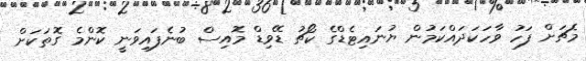
މެޗަށް ފަހު ވާހަކަދައްކަމުން ޔުނައިޓެޑްގެ ކޯޗު ޑޭވިޑް މޮއިސް ބުނެފައިވަނީ ކޮންމެ ގޮތަކަށް